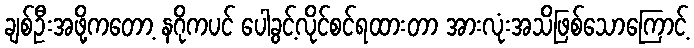
ချစ်ဦးအဖို့ကတော့ နဂိုကပင် ပေါခွင့်လိုင်စင်ရထားတာ အားလုံးအသိဖြစ်သောကြောင့်